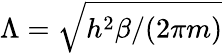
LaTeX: \Lambda={\sqrt{h^{2}\beta/(2\pi m)}}